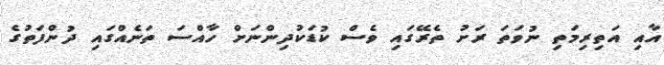
އާއި އަތިރިމަތި ނުވަތަ ރަށު ތެރޭގައި ވެސް ކުޑަކުދިންނަށް ހާއްސަ ތަނެއްގައި ދުންފަތުގެ